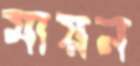
মায়ন